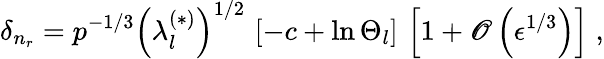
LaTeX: \delta_{n_{r}}=p^{-1/3}\left(\lambda_{l}^{(\ast)}\right)^{1/2}\, \left[-c+\ln\Theta_{l}\right]\, \left[1+\mathscr{O}\left(\epsilon^{1/3}\right)\right]\; ,